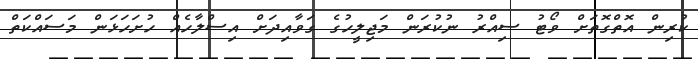
ކުރިން އޮތްގޮތަށް ވޯޓު ސިއްރު ނުކުރަން މަޖިލީހުގެ ގަވާއިދަށް އިސްލާހެއް ހުށަހަޅަން މަސައްކަތް